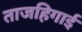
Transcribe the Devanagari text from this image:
ताजहिगाई